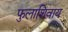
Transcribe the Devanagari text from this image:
फुलाशिवाय